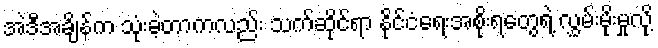
အဲဒီအချိန်က သုံးခဲ့တာကလည်း သက်ဆိုင်ရာ နိုင်ငံရေးအစိုးရတွေရဲ့ လွှမ်းမိုးမှုလို့